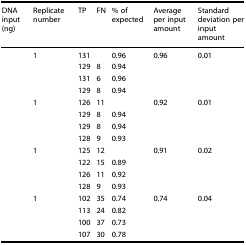
<table><thead><tr><td><b>DNA input (ng)</b></td><td><b>Replicate number</b></td><td><b>TP</b></td><td><b>FN</b></td><td><b>% of expected</b></td><td><b>Average per input amount</b></td><td><b>Standard deviation per input amount</b></td></tr></thead><tbody><tr><td rowspan="4">[EMPTY_CELL]</td><td>1</td><td>131</td><td>[EMPTY_CELL]</td><td>0.96</td><td rowspan="4">0.96</td><td rowspan="4">0.01</td></tr><tr><td>[EMPTY_CELL]</td><td>129</td><td>8</td><td>0.94</td></tr><tr><td>[EMPTY_CELL]</td><td>131</td><td>6</td><td>0.96</td></tr><tr><td>[EMPTY_CELL]</td><td>129</td><td>8</td><td>0.94</td></tr><tr><td rowspan="4">[EMPTY_CELL]</td><td>1</td><td>126</td><td>11</td><td>[EMPTY_CELL]</td><td rowspan="4">0.92</td><td rowspan="4">0.01</td></tr><tr><td>[EMPTY_CELL]</td><td>129</td><td>8</td><td>0.94</td></tr><tr><td>[EMPTY_CELL]</td><td>129</td><td>8</td><td>0.94</td></tr><tr><td>[EMPTY_CELL]</td><td>128</td><td>9</td><td>0.93</td></tr><tr><td rowspan="4">[EMPTY_CELL]</td><td>1</td><td>125</td><td>12</td><td>[EMPTY_CELL]</td><td rowspan="4">0.91</td><td rowspan="4">0.02</td></tr><tr><td>[EMPTY_CELL]</td><td>122</td><td>15</td><td>0.89</td></tr><tr><td>[EMPTY_CELL]</td><td>126</td><td>11</td><td>0.92</td></tr><tr><td>[EMPTY_CELL]</td><td>128</td><td>9</td><td>0.93</td></tr><tr><td rowspan="4">[EMPTY_CELL]</td><td>1</td><td>102</td><td>35</td><td>0.74</td><td rowspan="4">0.74</td><td rowspan="4">0.04</td></tr><tr><td>[EMPTY_CELL]</td><td>113</td><td>24</td><td>0.82</td></tr><tr><td>[EMPTY_CELL]</td><td>100</td><td>37</td><td>0.73</td></tr><tr><td>[EMPTY_CELL]</td><td>107</td><td>30</td><td>0.78</td></tr></tbody></table>